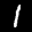
Label: 1